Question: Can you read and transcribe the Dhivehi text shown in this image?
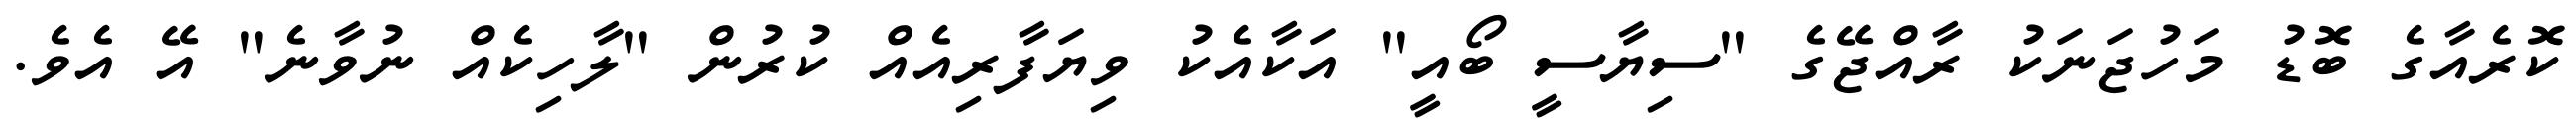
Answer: ކޮރެއާގެ ބޮޑު މަހުޖަނަކު ރާއްޖޭގެ "ސިޔާސީ ބޯއީ" އަކާއެކު ވިޔަފާރިއެއް ކުރުން "ލާހިކެއް ނުވާނެ" އޭ އެވެ.